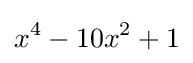
x^{4}-10x^{2}+1